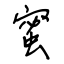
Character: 蜜